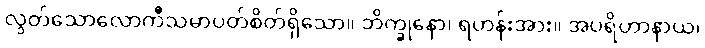
လွတ်သောလောကီသမာပတ်စိတ်ရှိသော။ ဘိက္ခုနော၊ ရဟန်းအား။ အပရိဟာနာယ၊